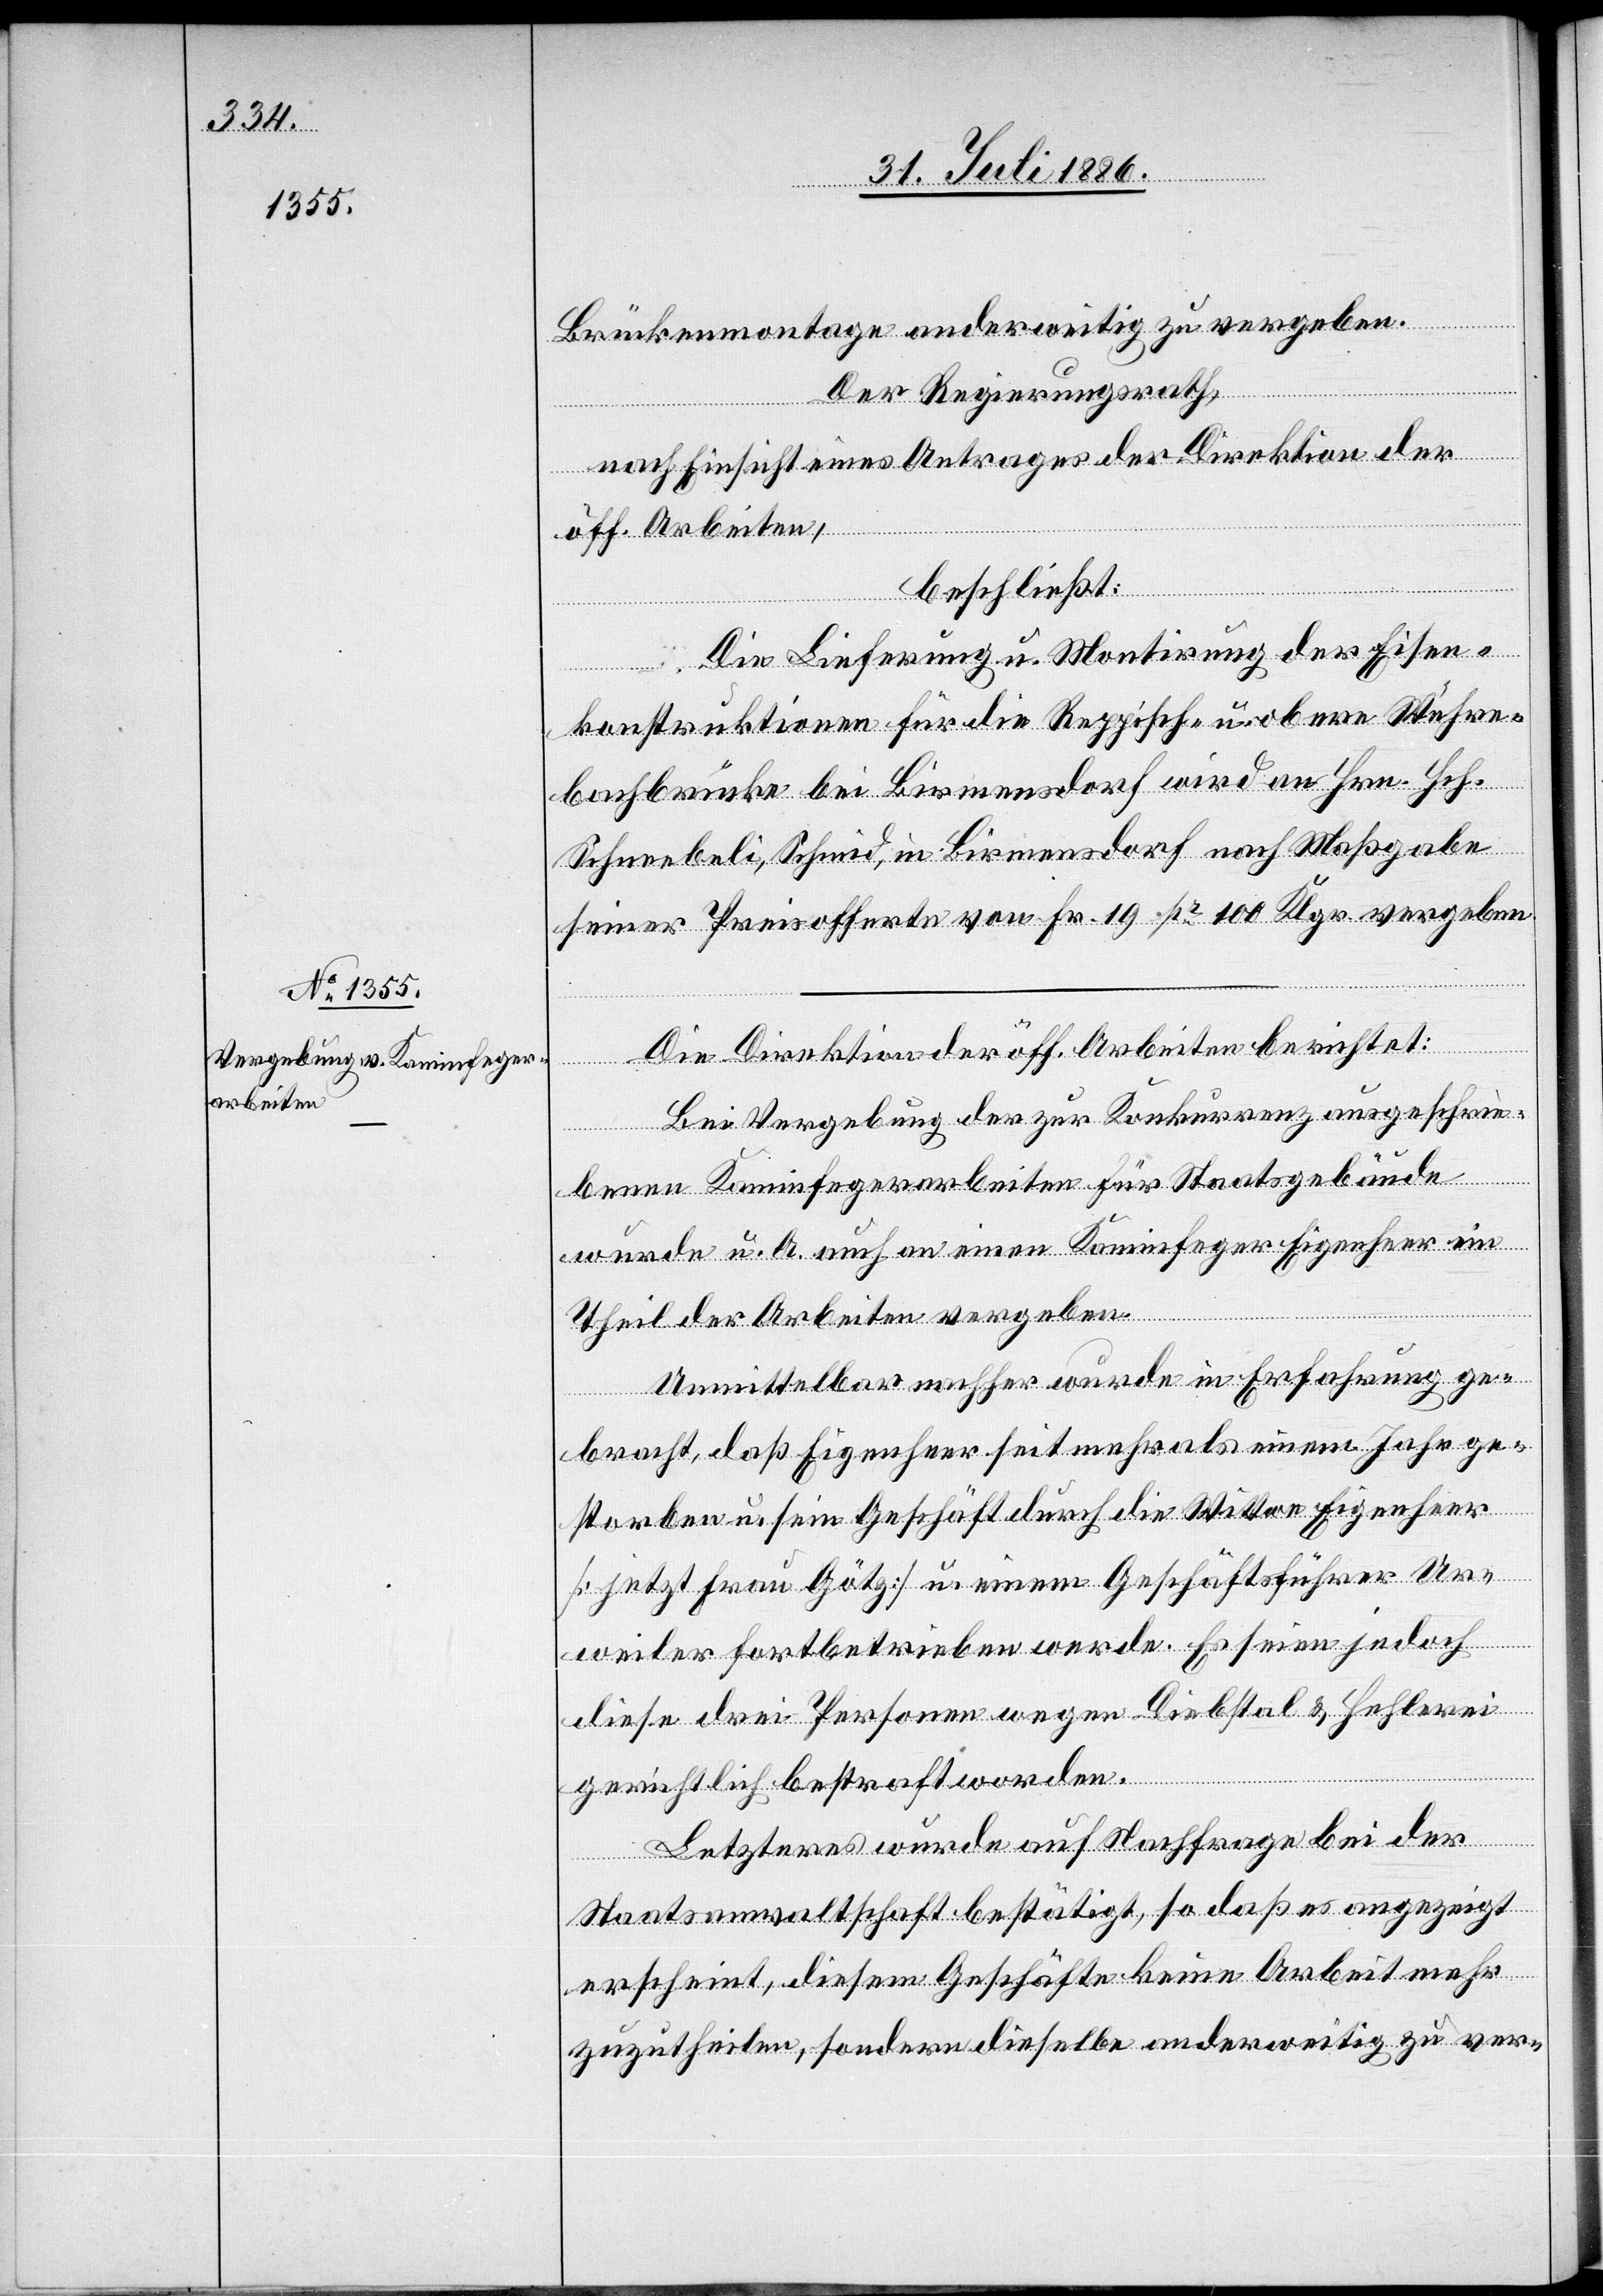
gabe
Brückenmontage anderweitig zu vergeben.
Der Regierungsrath,
nach Einsicht eines Antrages der Direktion der
öff. Arbeiten,
beschließt:
Die Lieferung u. Montirung der Eisen¬
konstruktionen für die Reppisch- u. obere Wühre¬
bachbrücke bei Birmensdorf nach Maß¬
seiner Preisofferte von Fr. 19 pr 100 Klgr. vergeben
Die Direktion der öff. Arbeiten berichtet:
Bei Vergebung der zur Konkurrenz ausgeschrie¬
benen Kaminfegerarbeiten für Staatsgebäude
wurde u. A. auch an einen Kaminfeger Eigenheer ein
Theil der Arbeiten vergeben.
Unmittelbar nachher wurde in Erfahrung ge¬
bracht, daß Eigenheer seit mehr als einem Jahr ge¬
storben u. sein Geschäft durch die Wittwe Eigenheer
[jetzt Frau Götz] u. einem Geschäftsführer Ur¬
weiler fortbetrieben werde. Es seien jedoch
diese drei Personen wegen Diebstal & Hehlerei
gerichtlich bestraft worden.
Letzteres wurde auf Nachfrage bei der
Staatsanwaltschaft bestätigt, so daß es angezeigt
erscheint, diesem Geschäfte keine Arbeit mehr
zuzutheilen, sondern dieselbe anderweitig zu ver-